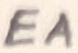
Text: EA